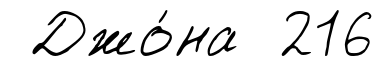
Джо́на 216